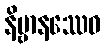
နိဗ္ဗာနဿေဝ